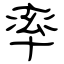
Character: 率